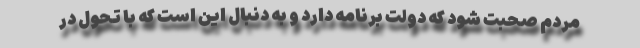
مردم صحبت شود که دولت برنامه دارد و به دنبال این است که با تحول در